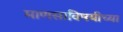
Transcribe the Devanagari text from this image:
माणसाविषयीच्या